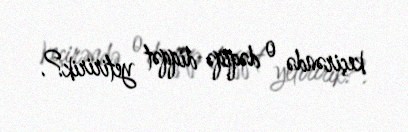
keçirəndə o dəqiqə diqqət yetiririk?.